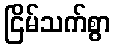
ငြိမ်သက်စွာ